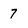
Character: 7